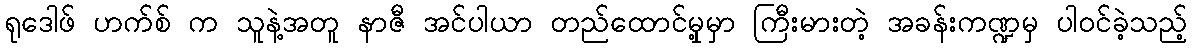
ရုဒေါဖ် ဟက်စ် က သူနဲ့အတူ နာဇီ အင်ပါယာ တည်ထောင်မှု့မှာ ကြီးမားတဲ့ အခန်းကဏ္ဍမှ ပါဝင်ခဲ့သည့်